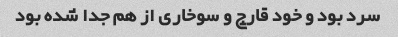
سرد بود و خود قارچ و سوخاری از هم جدا شده بود